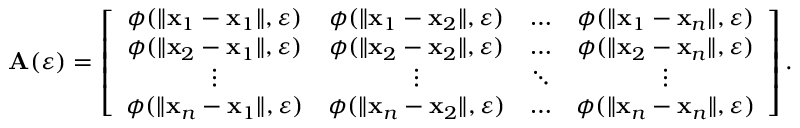
\mathbf { A } ( \varepsilon ) = \left[ \begin{array} { c c c c } { \phi ( \| \mathbf { x } _ { 1 } - \mathbf { x } _ { 1 } \| , \varepsilon ) } & { \phi ( \| \mathbf { x } _ { 1 } - \mathbf { x } _ { 2 } \| , \varepsilon ) } & { \dots } & { \phi ( \| \mathbf { x } _ { 1 } - \mathbf { x } _ { n } \| , \varepsilon ) } \\ { \phi ( \| \mathbf { x } _ { 2 } - \mathbf { x } _ { 1 } \| , \varepsilon ) } & { \phi ( \| \mathbf { x } _ { 2 } - \mathbf { x } _ { 2 } \| , \varepsilon ) } & { \dots } & { \phi ( \| \mathbf { x } _ { 2 } - \mathbf { x } _ { n } \| , \varepsilon ) } \\ { \vdots } & { \vdots } & { \ddots } & { \vdots } \\ { \phi ( \| \mathbf { x } _ { n } - \mathbf { x } _ { 1 } \| , \varepsilon ) } & { \phi ( \| \mathbf { x } _ { n } - \mathbf { x } _ { 2 } \| , \varepsilon ) } & { \dots } & { \phi ( \| \mathbf { x } _ { n } - \mathbf { x } _ { n } \| , \varepsilon ) } \end{array} \right] .